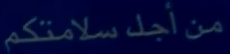
من أجد سلامتكم